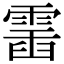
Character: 𩃹